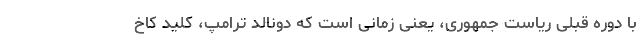
با دوره قبلی ریاست جمهوری، یعنی زمانی است که دونالد ترامپ، کلید کاخ